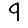
Digit: 9